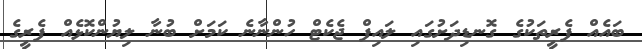
ބައެއް ފެރީތަކުގެ ގޮނޑިދަށުގައި ލައިފް ޖެކެޓް ހުންނާނެ ކަމަށް ބުނާ ލިޔުންކޮޅެއް ފެރީގެ